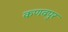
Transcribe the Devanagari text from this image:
कणवपुर